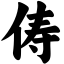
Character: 俦